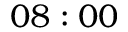
0 8 : 0 0